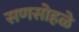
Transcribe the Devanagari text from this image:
सणसोहळे